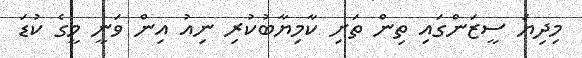
މިދިޔަ ސީޒަންގައި ތިން ތަށި ކާމިޔާބުކުރި ނިއު އިން ވަނީ މީގެ ކުޑަ